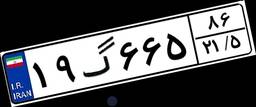
۱۹گ۶۶۵۸۶